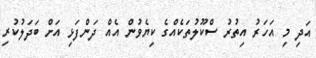
އަދި މި އަހަރު އިތުރު ސްކޫލުތަކެއްގެ ކިޔެވުން އެއް ދަންފަޅި އަށް ބަދަލުކުރި